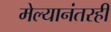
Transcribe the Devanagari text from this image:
मेल्यानंतरही